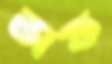
অফ